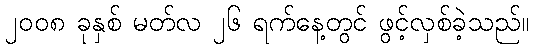
၂၀၀၈ ခုနှစ် မတ်လ ၂၆ ရက်နေ့တွင် ဖွင့်လှစ်ခဲ့သည်။